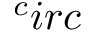
^ c i r c